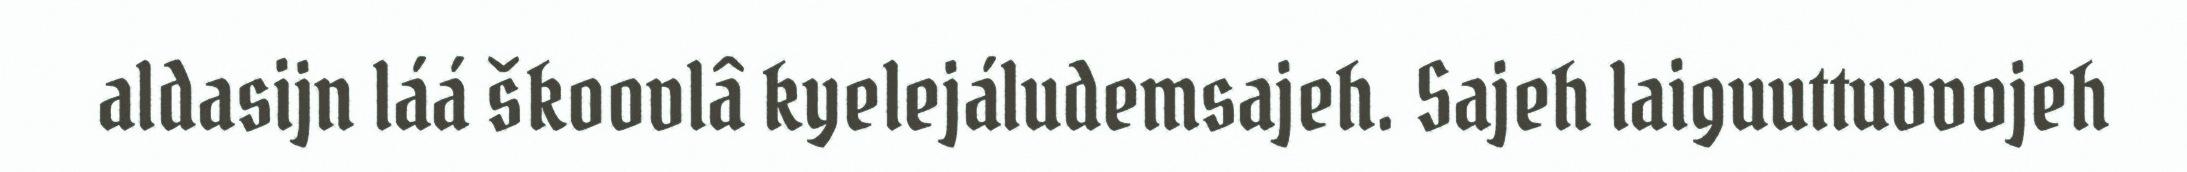
aldasijn láá škoovlâ kyelejáludemsajeh. Sajeh laiguuttuvvojeh